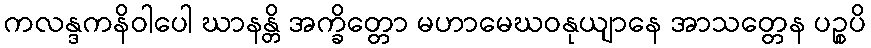
ကလန္ဒကနိဝါပေါ ဃာနန္တိ အက္ခိတ္တော မဟာမေဃဝနုယျာနေ အာသတ္တေန ပဉ္စပိ